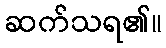
ဆက်သရ၏။